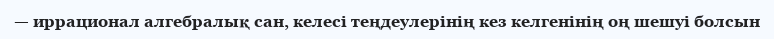
— иррационал алгебралық сан, келесі теңдеулерінің кез келгенінің оң шешуі болсын